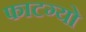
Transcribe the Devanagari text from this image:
फाटग्यो